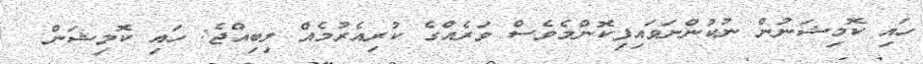
ހައި ކޮމިޝަނުން ނުކުންނަވައިފިކޮންމެވެސް ވަރެއްގެ ކުރިއެރުމެއް ލިބިއްޖެ: ހައި ކޮމިޝަން